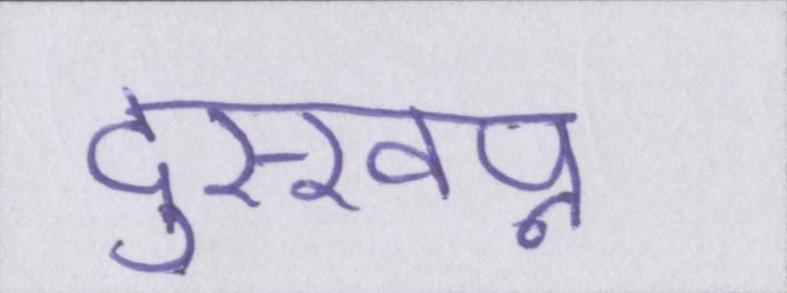
दुस्स्वप्न